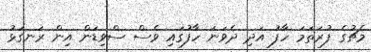
މެޗުގެ ފުރަތަމަ ހާފު އަދި ދެވަނަ ހާފުގައި ވެސް ސްވިޑަން އިން ރަނގަޅު